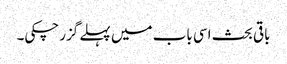
باقی بحث اسی باب میں پہلے گزرچکی۔